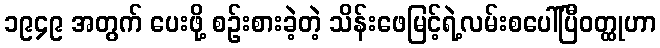
၁၉၄၉ အတွက် ပေးဖို့ စဉ်းစားခဲ့တဲ့ သိန်းဖေမြင့်ရဲ့လမ်းစပေါ်ပြီဝတ္ထုဟာ